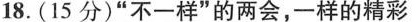
18.(15分)“不一样”的两会，一样的精彩